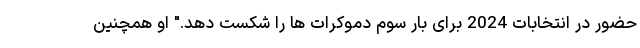
حضور در انتخابات 2024 برای بار سوم دموکرات ها را شکست دهد." او همچنین